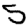
Digit: 5